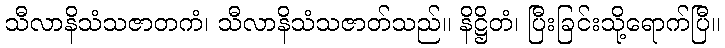
သီလာနိသံသဇာတကံ၊ သီလာနိသံသဇာတ်သည်။ နိဋ္ဌိတံ၊ ပြီးခြင်းသို့ရောက်ပြီ။